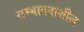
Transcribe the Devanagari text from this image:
सम्भावनाशील